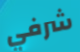
شرفي